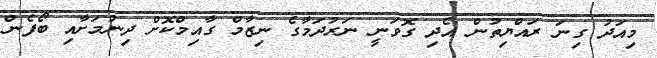
މިއަދު ގިނަ ރައްޔިތުން އެދި ގޮވަނީ ނަރުދަމާގެ ނިޒާމް ގާއިމްކޮށް ދިނުމަށާއި ބޯފެން